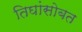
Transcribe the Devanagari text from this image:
तिघांसोबत